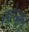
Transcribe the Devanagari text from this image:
स्वेन्सन